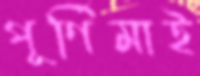
পূর্ণিমাই